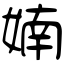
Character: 婻